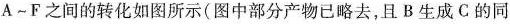
A~F之间的转化如图所示(图中部分产物已略去，且B生成C的同